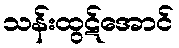
သန်းထွဋ်အောင်